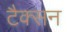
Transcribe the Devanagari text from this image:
टैक्सन